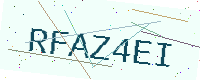
Text: RFAZ4EI